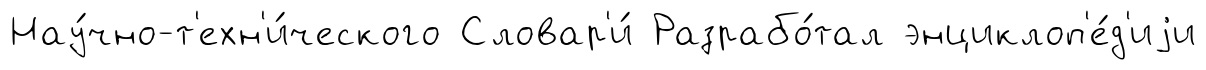
Нау́чно-т'ехн'и́ческого Словар'и́ Разрабо́тал энциклоп'е́д'иjи